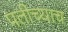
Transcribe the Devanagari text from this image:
पतीच्याच